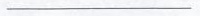
___